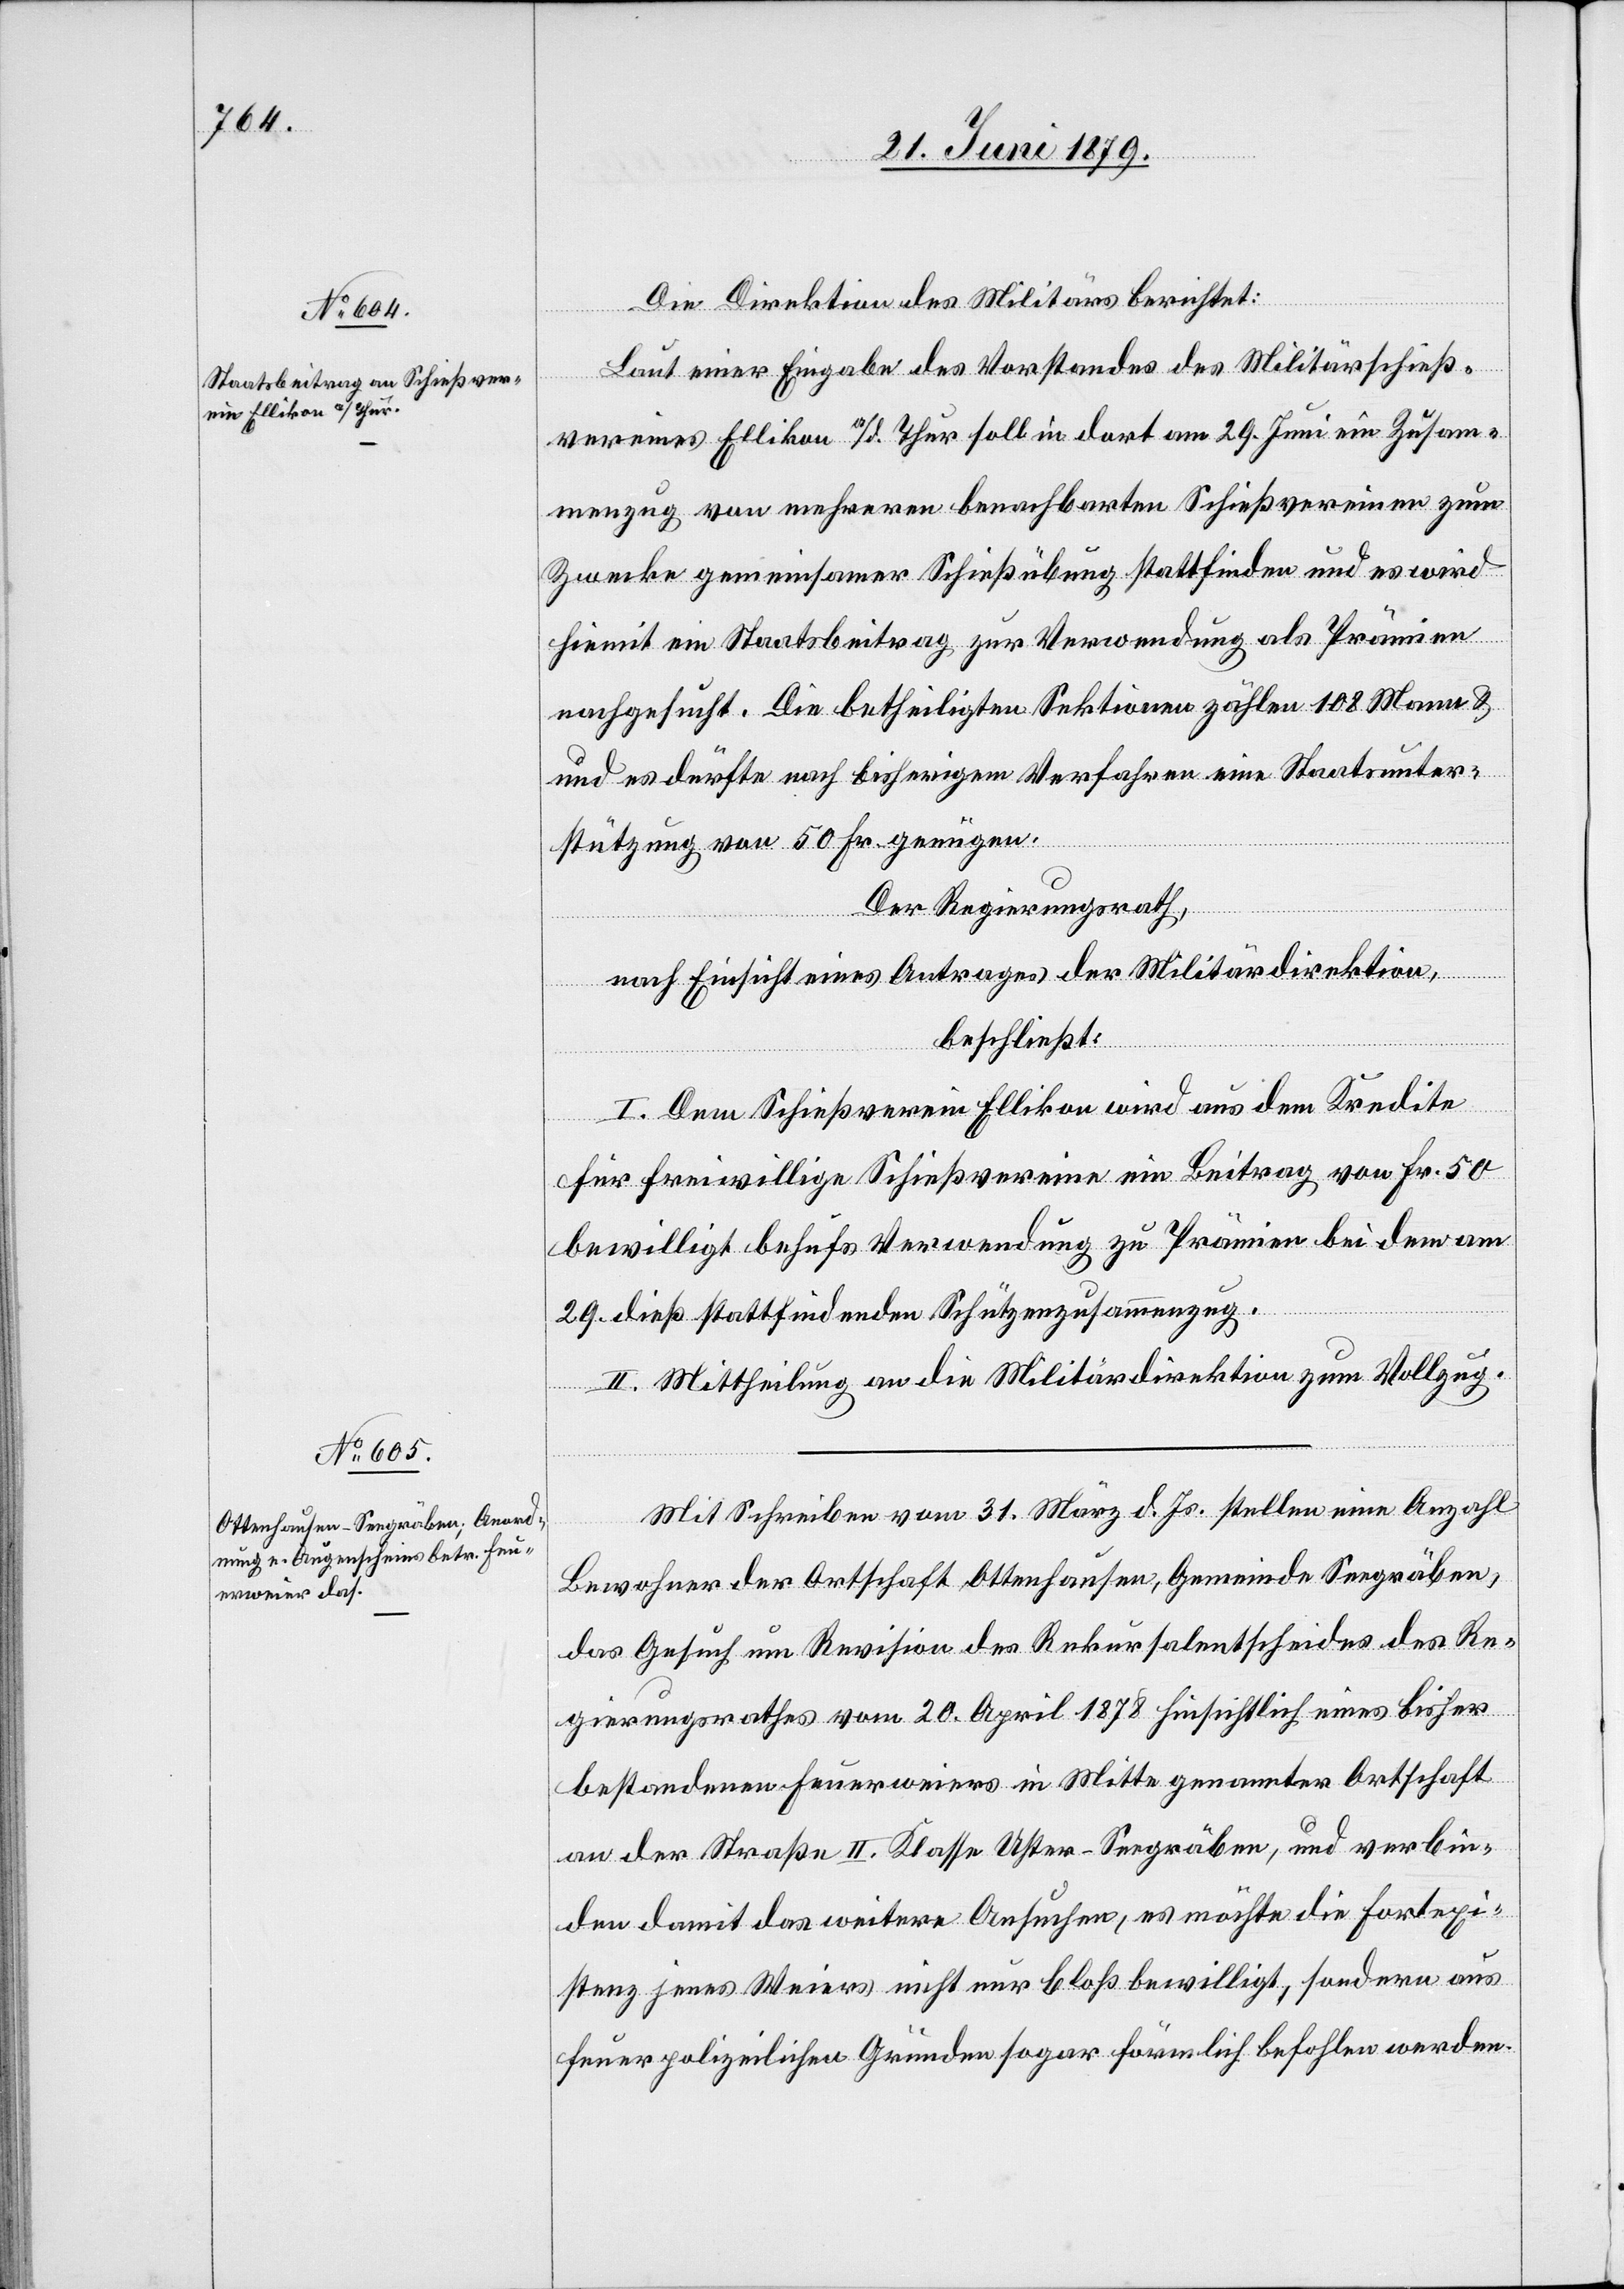
Die Direktion des Militärs berichtet:
Laut einer Eingabe des Vorstandes des Militärschieß¬
vereines Ellikon a/d. Thur soll in dort am 29. Juni ein Zusam¬
menzug von mehreren benachbarten Schießvereinen zum
Zwecke gemeinsamer Schießübung stattfinden und es wird
hiemit ein Staatsbeitrag zur Verwendung als Prämien
nachgesucht. Die betheiligten Sektionen zählen 108 Mann &
es dürfte nach bisherigem Verfahren eine Staatsunter¬
stützung von 50 Fr. genügen.
Der Regierungsrath,
nach Einsicht eines Antrages der Militärdirektion,
beschließt:
I. Dem Schießverein Ellikon wird aus dem Kredite
für freiwillige Schießvereine ein Beitrag von Fr. 50
bewilligt behufs Verwendung zu Prämien bei dem am
29. dieß stattfindenden Schützenzusammenzug.
II. Mittheilung an die Militärdirektion zum Vollzug.
Mit Schreiben vom 31. März d. Js. stellen eine Anzahl
Bewohner der Ortschaft Ottenhausen, Gemeinde Seegräben,
das Gesuch um Revision des Rekursalentscheides des Re¬
gierungsrathes vom 20. April 1878 hinsichtlich eines bisher
bestandenen Feuerweiers in Mitte genannter Ortschaft
an der Straße II. Klasse Uster–Seegräben, und verbin¬
den damit das weitere Ansuchen, es möchte die Fortexi¬
stenz jenes Weiers nicht nur bloß bewilligt, sondern aus
feuerpolizeilichen Gründen sogar förmlich befohlen werden.